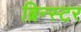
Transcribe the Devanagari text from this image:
ब्रिन्स्टर